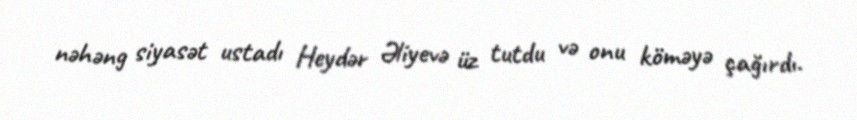
nəhəng siyasət ustadı Heydər Əliyevə üz tutdu və onu köməyə çağırdı.